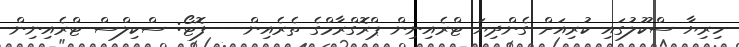
ހިރިޔާ ސްކޫލުގައި ކުރިއަށް ގެންދިޔަ ޓްރެއިނިން ޕްރޮގްރާމްގެ ތެރެއިން--- ފޮޓޯ: ސްކިލްސް ޓްރެއިނިން